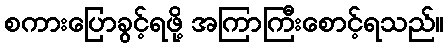
စကားပြောခွင့်ရဖို့ အကြာကြီးစောင့်ရသည်။